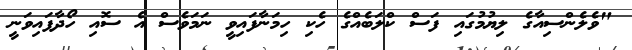
"ވެލެންސިއާގެ ލިޔުމުގައި ފަސް ކްލަބެއްގެ ހެކި ހިމަނާފައިވީ ނަމަވެސް އެ ސޮއި ހޯދާފައިވަނީ